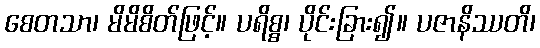
စေတသာ၊ မိမိစိတ်ဖြင့်။ ပရိစ္စ၊ ပိုင်းခြား၍။ ပဇာနိဿတိ၊